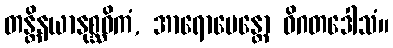
တန္တိနယာနုစ္ဆဝိကံ, အာရောပေန္တော ဝိဂတဒေါသံ။